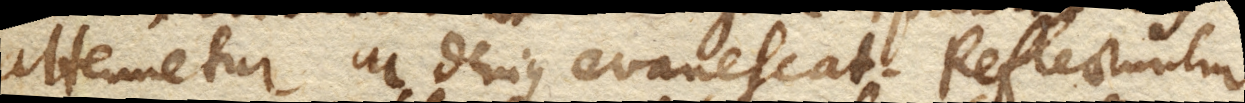
attenuetur ac denique evanescat. Reflectuntur